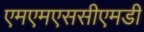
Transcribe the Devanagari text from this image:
एमएमएससीएमडी